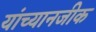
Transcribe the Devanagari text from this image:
यांच्यानजीक